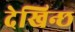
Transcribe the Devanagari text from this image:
देखिन्छ